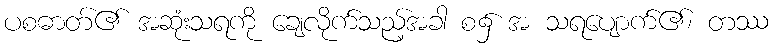
ပစဓာတ်၏ အဆုံးသရကို ချေလိုက်သည့်အခါ စ၌ အ သရပျောက်၏၊ တဿ